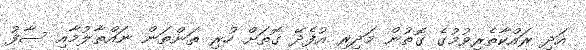
އަދި ރައްކާތެރިވުމުގެ ގޮތުން މަދިރި އުފެދޭ ގޮތަށް ހުރި ތަންތަން ނައްތާލުމާއި ސާފު